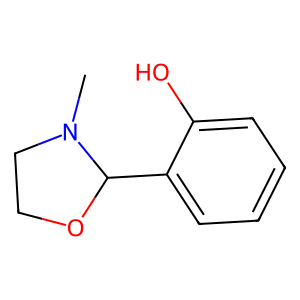
SMILES: CN1CCOC1c1ccccc1O
Inhibits HIV replication: No